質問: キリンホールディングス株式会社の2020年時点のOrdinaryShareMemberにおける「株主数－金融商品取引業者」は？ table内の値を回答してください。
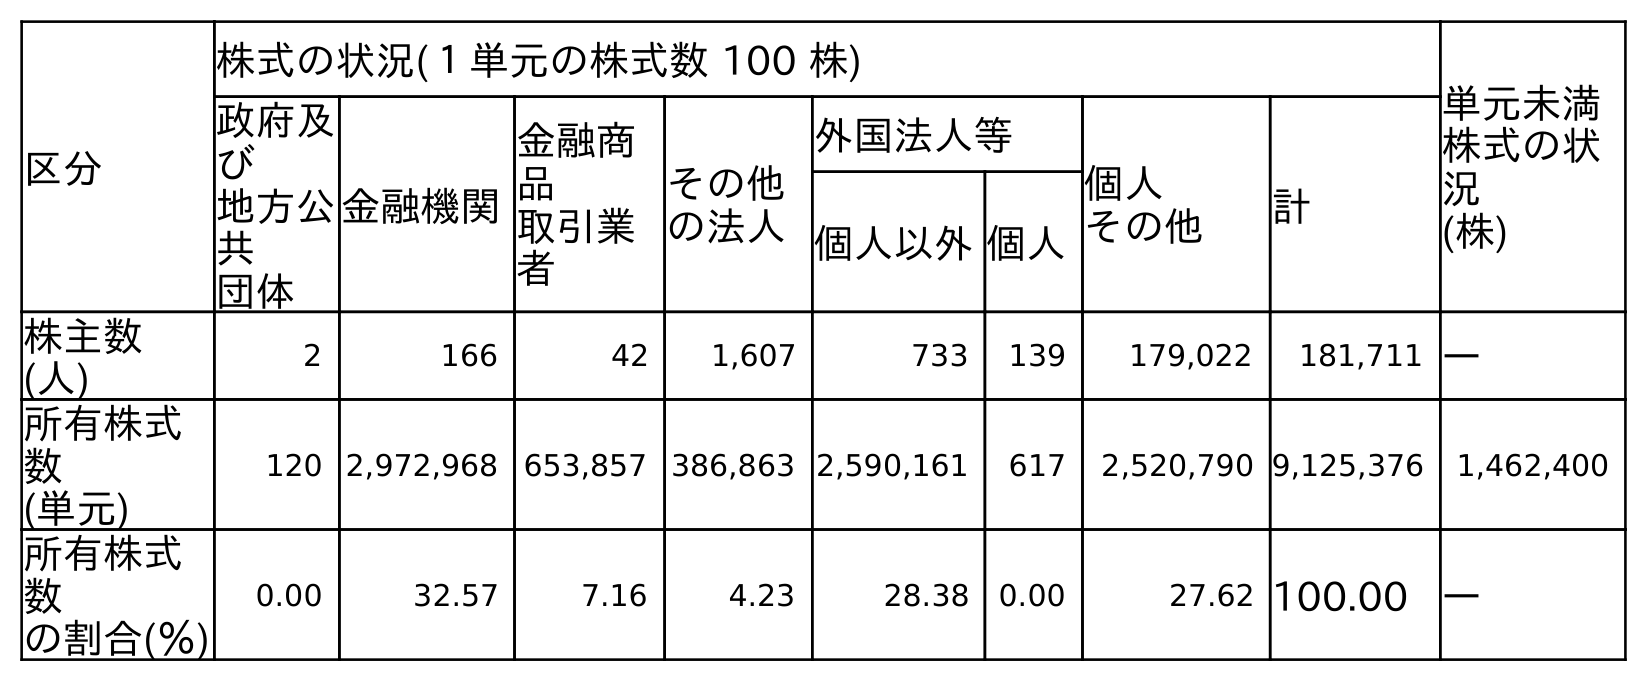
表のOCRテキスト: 区分 株式の状況(１単元の株式数 100 株) 単元未満 株式の状 況 (株) 政府及 び 地方公 共 団体 金融機関 金融商 品 取引業 者 その他 の法人 外国法人等 個人 その他 計 個人以外個人 株主数 (人) 2 166 42 1,607 733 139 179,022 181,711 ― 所有株式 数 (単元) 120 2,972,968 653,857 386,863 2,590,161 617 2,520,790 9,125,376 1,462,400 所有株式 数 の割合(％) 0.00 32.57 7.16 4.23 28.38 0.00 27.62 100.00 ―
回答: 42